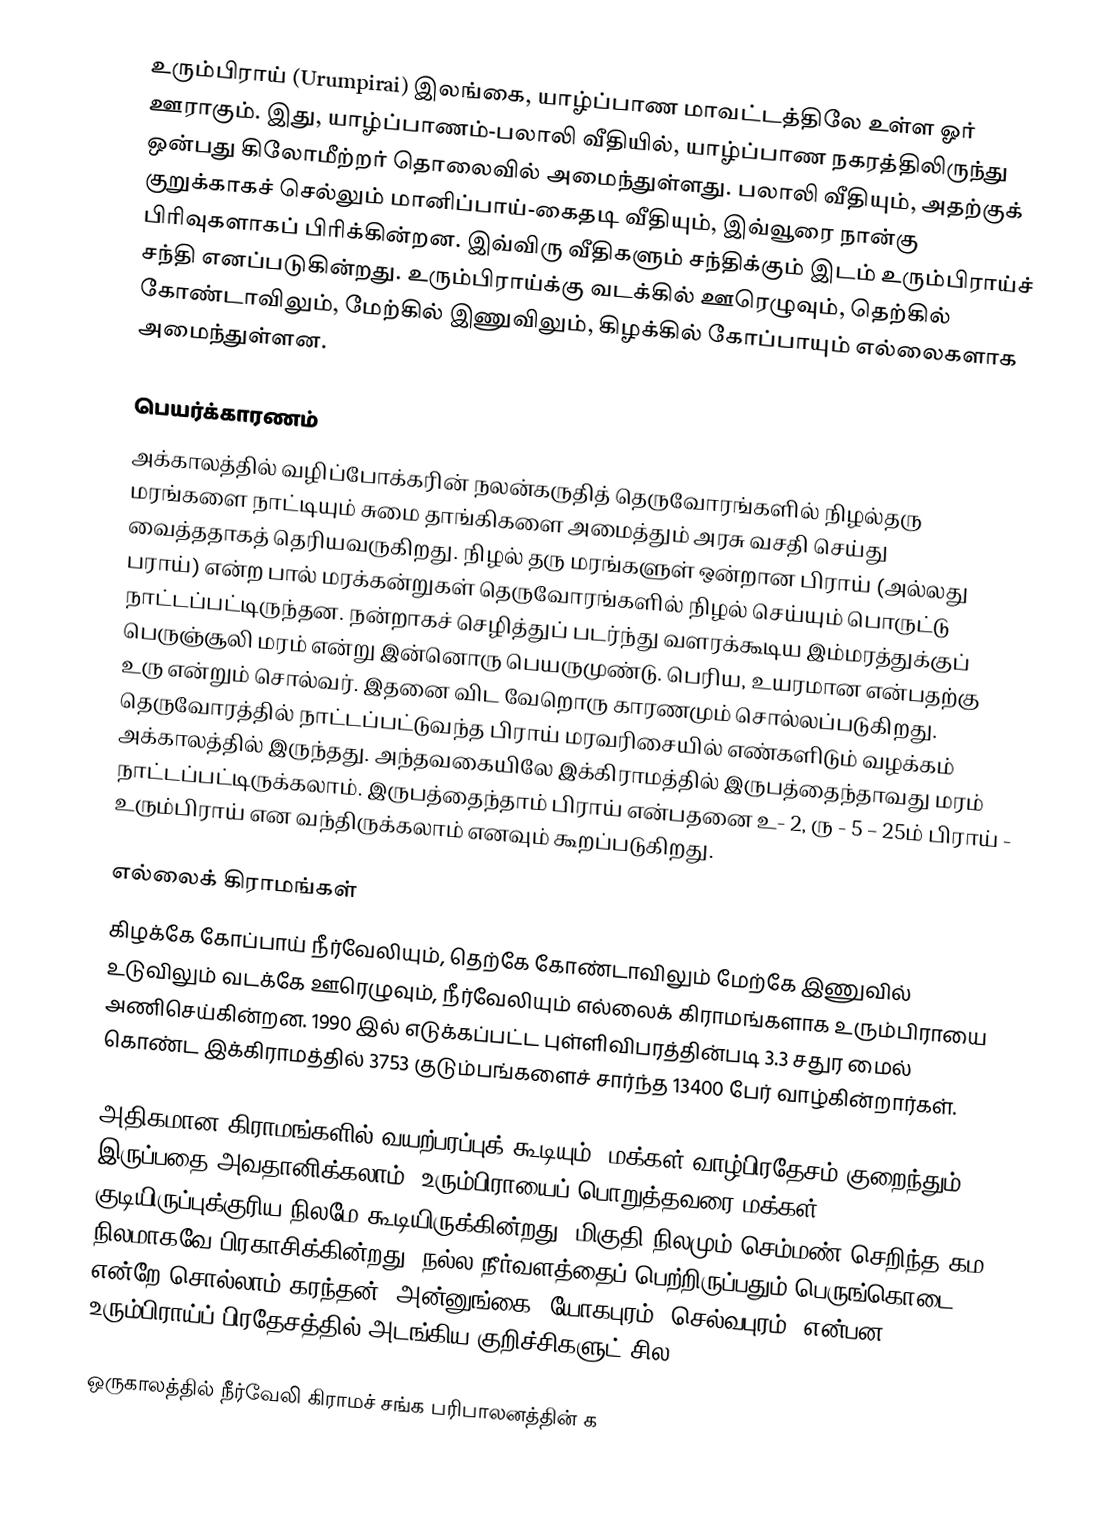
உரும்பிராய் (Urumpirai) இலங்கை, யாழ்ப்பாண மாவட்டத்திலே உள்ள ஓர் ஊராகும். இது, யாழ்ப்பாணம்-பலாலி வீதியில், யாழ்ப்பாண நகரத்திலிருந்து ஒன்பது கிலோமீற்றர் தொலைவில் அமைந்துள்ளது. பலாலி வீதியும், அதற்குக் குறுக்காகச் செல்லும் மானிப்பாய்-கைதடி வீதியும், இவ்வூரை நான்கு பிரிவுகளாகப் பிரிக்கின்றன. இவ்விரு வீதிகளும் சந்திக்கும் இடம் உரும்பிராய்ச் சந்தி எனப்படுகின்றது. உரும்பிராய்க்கு வடக்கில் ஊரெழுவும், தெற்கில் கோண்டாவிலும், மேற்கில் இணுவிலும், கிழக்கில் கோப்பாயும் எல்லைகளாக அமைந்துள்ளன.

பெயர்க்காரணம்
அக்காலத்தில் வழிப்போக்கரின் நலன்கருதித் தெருவோரங்களில் நிழல்தரு மரங்களை நாட்டியும் சுமை தாங்கிகளை அமைத்தும் அரசு வசதி செய்து வைத்ததாகத் தெரியவருகிறது. நிழல் தரு மரங்களுள் ஒன்றான பிராய் (அல்லது பராய்) என்ற பால் மரக்கன்றுகள் தெருவோரங்களில் நிழல் செய்யும் பொருட்டு நாட்டப்பட்டிருந்தன. நன்றாகச் செழித்துப் படர்ந்து வளரக்கூடிய இம்மரத்துக்குப் பெருஞ்சூலி மரம் என்று இன்னொரு பெயருமுண்டு. பெரிய, உயரமான என்பதற்கு உரு என்றும் சொல்வர். இதனை விட வேறொரு காரணமும் சொல்லப்படுகிறது. தெருவோரத்தில் நாட்டப்பட்டுவந்த பிராய் மரவரிசையில் எண்களிடும் வழக்கம் அக்காலத்தில் இருந்தது. அந்தவகையிலே இக்கிராமத்தில் இருபத்தைந்தாவது மரம் நாட்டப்பட்டிருக்கலாம். இருபத்தைந்தாம் பிராய் என்பதனை உ- 2, ரு - 5 – 25ம் பிராய் - உரும்பிராய் என வந்திருக்கலாம் எனவும் கூறப்படுகிறது.

எல்லைக் கிராமங்கள்
கிழக்கே கோப்பாய் நீர்வேலியும், தெற்கே கோண்டாவிலும் மேற்கே இணுவில் உடுவிலும் வடக்கே ஊரெழுவும், நீர்வேலியும் எல்லைக் கிராமங்களாக உரும்பிராயை அணிசெய்கின்றன. 1990 இல் எடுக்கப்பட்ட புள்ளிவிபரத்தின்படி 3.3 சதுர மைல் கொண்ட இக்கிராமத்தில் 3753 குடும்பங்களைச் சார்ந்த 13400 பேர் வாழ்கின்றார்கள்.

அதிகமான கிராமங்களில் வயற்பரப்புக் கூடியும், மக்கள் வாழ்பிரதேசம் குறைந்தும் இருப்பதை அவதானிக்கலாம். உரும்பிராயைப் பொறுத்தவரை மக்கள் குடியிருப்புக்குரிய நிலமே கூடியிருக்கின்றது. மிகுதி நிலமும் செம்மண் செறிந்த கம நிலமாகவே பிரகாசிக்கின்றது. நல்ல நீர்வளத்தைப் பெற்றிருப்பதும் பெருங்கொடை என்றே சொல்லாம் கரந்தன், அன்னுங்கை, யோகபுரம், செல்வபுரம், என்பன உரும்பிராய்ப் பிரதேசத்தில் அடங்கிய குறிச்சிகளுட் சில.

ஒருகாலத்தில் நீர்வேலி கிராமச் சங்க பரிபாலனத்தின் க